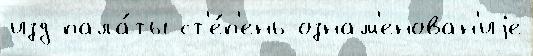
изд пала́ты ст'е́п'ень ознам'енован'иjе